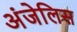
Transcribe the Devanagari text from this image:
अंजेलिस